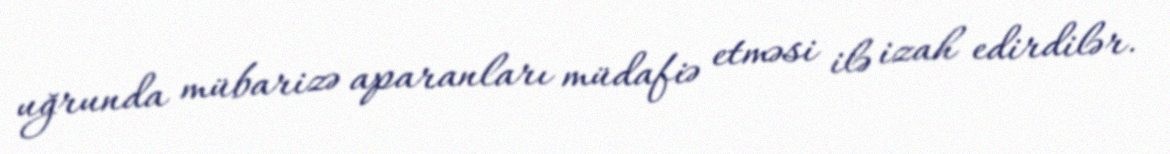
uğrunda mübarizə aparanları müdafiə etməsi ilə izah edirdilər.